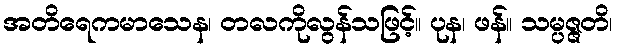
အတိရေကမာသေန၊ တလကိုလွန်သဖြင့်။ ပုန၊ ဖန်။ သမ္ပဇ္ဇတိ၊